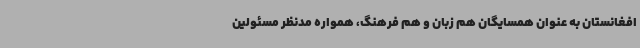
افغانستان به عنوان همسایگان هم زبان و هم فرهنگ، همواره مدنظر مسئولین